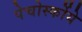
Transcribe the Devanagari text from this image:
पेचोर्स्कोये